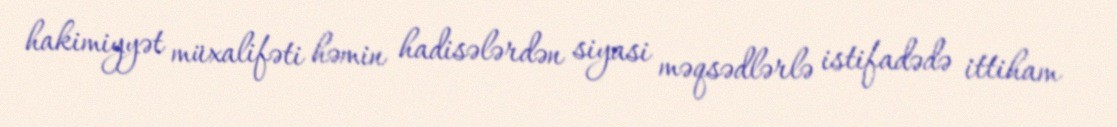
hakimiyyət müxalifəti həmin hadisələrdən siyasi məqsədlərlə istifadədə ittiham